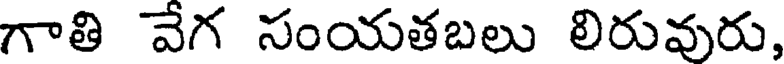
గాతి వేగ సంయతబలు లిరువురు,